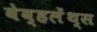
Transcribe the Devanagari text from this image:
वेव्हलेंथ्स